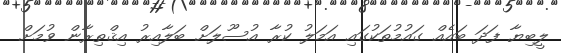
ލީބިޔާ ފަދަ ބައެއް ގައުމުތަކުގައި އަމަލު ކުރާ އުސޫލަށް ބަލާއިރު އިޤްތިރާން ވުމަށް